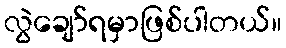
လွဲချော်ရမှာဖြစ်ပါတယ်။